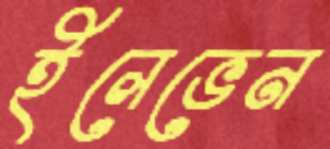
ইলেভেন